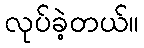
လုပ်ခဲ့တယ်။